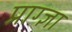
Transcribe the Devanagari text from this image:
प्राग्ज्ञा